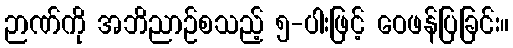
ဉာဏ်ကို အဘိညာဉ်စသည့် ၅-ပါးဖြင့် ဝေဖန်ပြခြင်း။